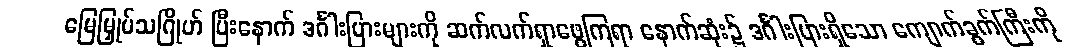
မြေမြှုပ်သဂြိုဟ် ပြီးနောက် ဒင်္ဂါးပြားများကို ဆက်လက်ရှာဖွေကြရာ နောက်ဆုံး၌ ဒင်္ဂါးပြားရှိသော ကျောက်ခွက်ကြီးကို